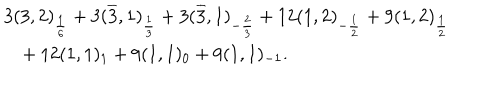
\begin{array} { l } { { 3 ( 3 , 2 ) _ { \frac { 1 } { 6 } } + 3 ( \overline { { { 3 } } } , 1 ) _ { \frac { 1 } { 3 } } + 3 ( \overline { { { 3 } } } , 1 ) _ { - \frac { 2 } { 3 } } + 1 2 ( 1 , 2 ) _ { - \frac { 1 } { 2 } } + 9 ( 1 , 2 ) _ { \frac { 1 } { 2 } } } } \\ { { \ \ \ + 1 2 ( 1 , 1 ) _ { 1 } + 9 ( 1 , 1 ) _ { 0 } + 9 ( 1 , 1 ) _ { - 1 } . } } \\ \end{array}